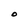
Character: O